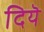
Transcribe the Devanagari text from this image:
दियॆ